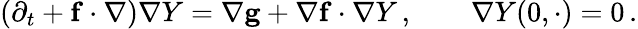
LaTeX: (\partial_{t}+\mathbf{f}\cdot\nabla)\nabla Y=\nabla\mathbf{g}+\nabla\mathbf{f}\cdot\nabla Y\, ,\qquad\nabla Y(0,\cdot)=0\, .